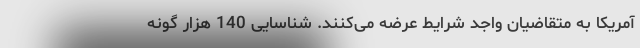
آمریکا به متقاضیان واجد شرایط عرضه می‌کنند. شناسایی 140 هزار گونه